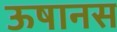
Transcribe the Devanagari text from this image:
ऊषानस